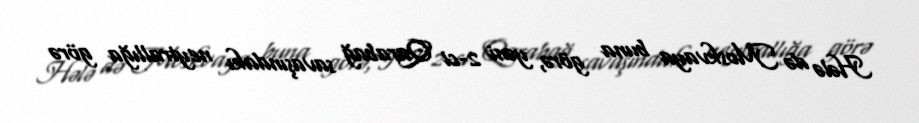
Hələ də Moskvaya buna görə, yəni 2-ci Qarabağ savaşındakı neytrallığa görə